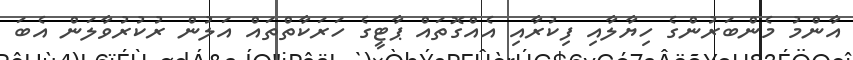
އާންމު މެންބަރުންގެ ހިޔާލާއި ފިކުރާއި އެއްގޮތައް ޕާޓީގެ ހަރަކާތްތައް އަލުން ރުކުރުވާލަން އެބަ